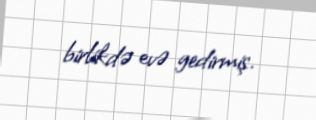
birlikdə evə gedirmiş.